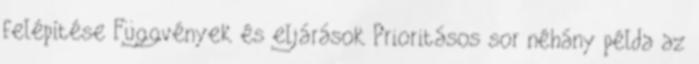
felépítése Függvények és eljárások Prioritásos sor néhány példa az